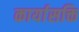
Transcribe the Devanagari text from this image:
कार्यासक्ति